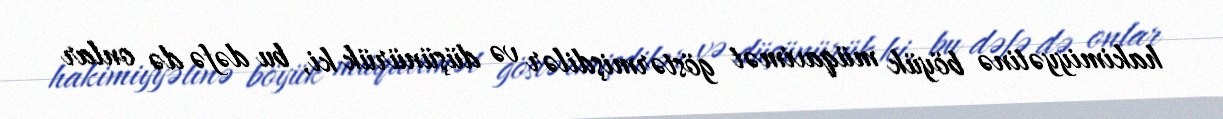
hakimiyyətinə böyük müqavimət göstərmişdilər və düşünürük ki, bu dəfə də onlar